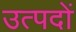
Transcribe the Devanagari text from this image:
उत्पदों